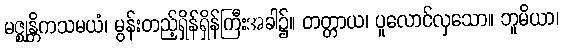
မဇ္ဈန္တိကသမယံ၊ မွန်းတည့်ရှိန်ရှိန်ကြီးအခါ၌။ တတ္တာယ၊ ပူလောင်လှသော။ ဘူမိယာ၊